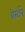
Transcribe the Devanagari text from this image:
वेर्स्‍टन